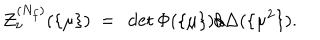
{ \cal Z } _ { \nu } ^ { ( N _ { f } ) } ( \{ \mu \} ) ~ = ~ \det \Phi ( \{ \mu \} ) / \Delta ( \{ \mu ^ { 2 } \} ) .